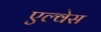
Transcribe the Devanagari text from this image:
एल्वेस